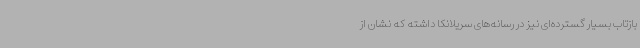
بازتاب بسیار گسترده‌ای نیز در رسانه‌های سریلانکا داشته که نشان از